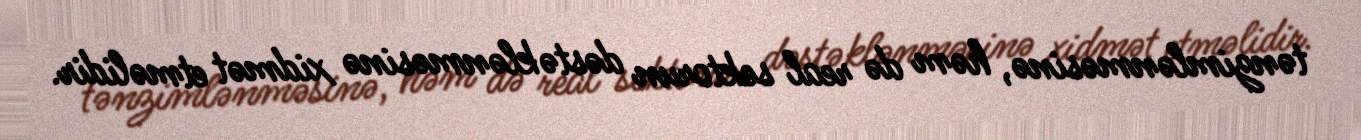
tənzimlənməsinə, həm də real sektorun dəstəklənməsinə xidmət etməlidir.